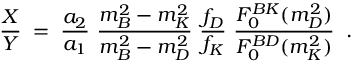
\frac { X } { Y } \; = \; \frac { a _ { 2 } } { a _ { 1 } } ~ \frac { m _ { B } ^ { 2 } - m _ { K } ^ { 2 } } { m _ { B } ^ { 2 } - m _ { D } ^ { 2 } } ~ \frac { f _ { D } } { f _ { K } } ~ \frac { F _ { 0 } ^ { B K } ( m _ { D } ^ { 2 } ) } { F _ { 0 } ^ { B D } ( m _ { K } ^ { 2 } ) } \; \; .